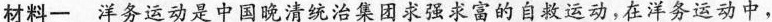
材料一 洋务运动是中国晚清统治集团求强求富的自救运动，在洋务运动中，